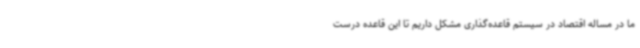
ما در مساله اقتصاد در سیستم قاعده‌گذاری مشکل داریم تا این قاعده درست